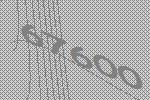
67600